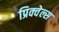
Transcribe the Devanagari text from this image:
प्रिक्वेल्स